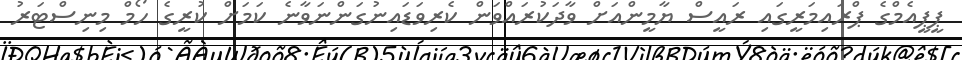
ޕީޕީއެމްގެ ޕްރައިމަރީގައި ރައީސް ޔާމީންއަށް ވާދަކުރައްވަން ކެރިވަޑައިނުގަންނަވާނެ ކަމަށް ކުރީގެ ހޯމް މިނިސްޓަރު